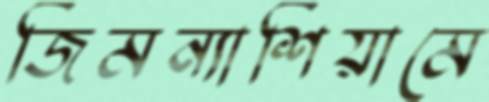
জিমন্যাশিয়ামে